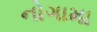
નોગામા